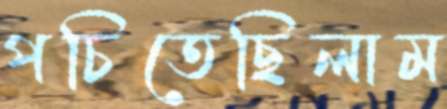
পচিতেছিলাম